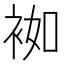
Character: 袽